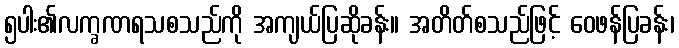
၅ပါး၏လက္ခဏရသစသည်ကို အကျယ်ပြဆိုခန်း။ အတိတ်စသည်ဖြင့် ဝေဖန်ပြခန်း၊